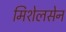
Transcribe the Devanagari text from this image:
मिशेलसेन